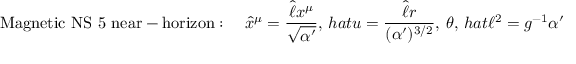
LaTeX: \mathrm { M a g n e t i c ~ N S ~ 5 ~ n e a r - h o r i z o n } : \quad \hat { x } ^ { \mu } = \frac { \hat { \ell } x ^ { \mu } } { \sqrt { \alpha ^ { \prime } } } , \, h a t { u } = \frac { \hat { \ell } r } { ( \alpha ^ { \prime } ) ^ { 3 / 2 } } , \ \theta , \, h a t { \ell } ^ { 2 } = g ^ { - 1 } \alpha ^ { \prime } \ .